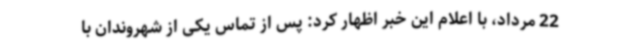
22 مرداد، با اعلام این خبر اظهار کرد: پس از تماس یکی از شهروندان با